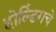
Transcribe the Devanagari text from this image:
होल्डिंगचे